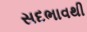
સદભાવથી